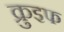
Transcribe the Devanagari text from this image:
क्रुइफ